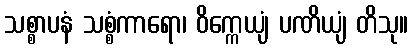
သစ္စာပနံ သစ္စံကာရော၊ ဝိက္ကေယျံ ပဏိယျံ တိသု။